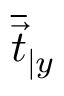
\overline { { \vec { t } } } _ { \vert y }